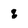
Character: q